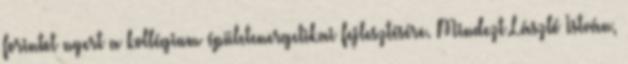
forintot nyert a kollégium épületenergetikai fejlesztésére. Mindezt László István,